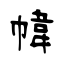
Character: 幃